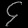
Digit: ၄